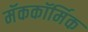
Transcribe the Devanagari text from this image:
मॅककॉर्मिक